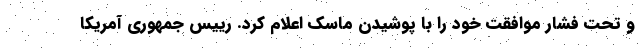
و تحت فشار موافقت خود را با پوشیدن ماسک اعلام کرد. رییس جمهوری آمریکا